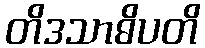
တိဒသာဓိပတိ